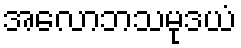
အလောဘသမုဒယံ